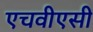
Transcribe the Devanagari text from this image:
एचवीएसी